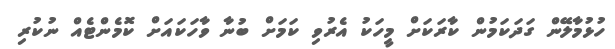
ހުޅުމާލޭން ގަދަކަމުން ކާރަކަށް މީހަކު އެރުވި ކަމަށް ބުނާ ވާހަކައަށް ކޮމެންޓެއް ނުކުރި